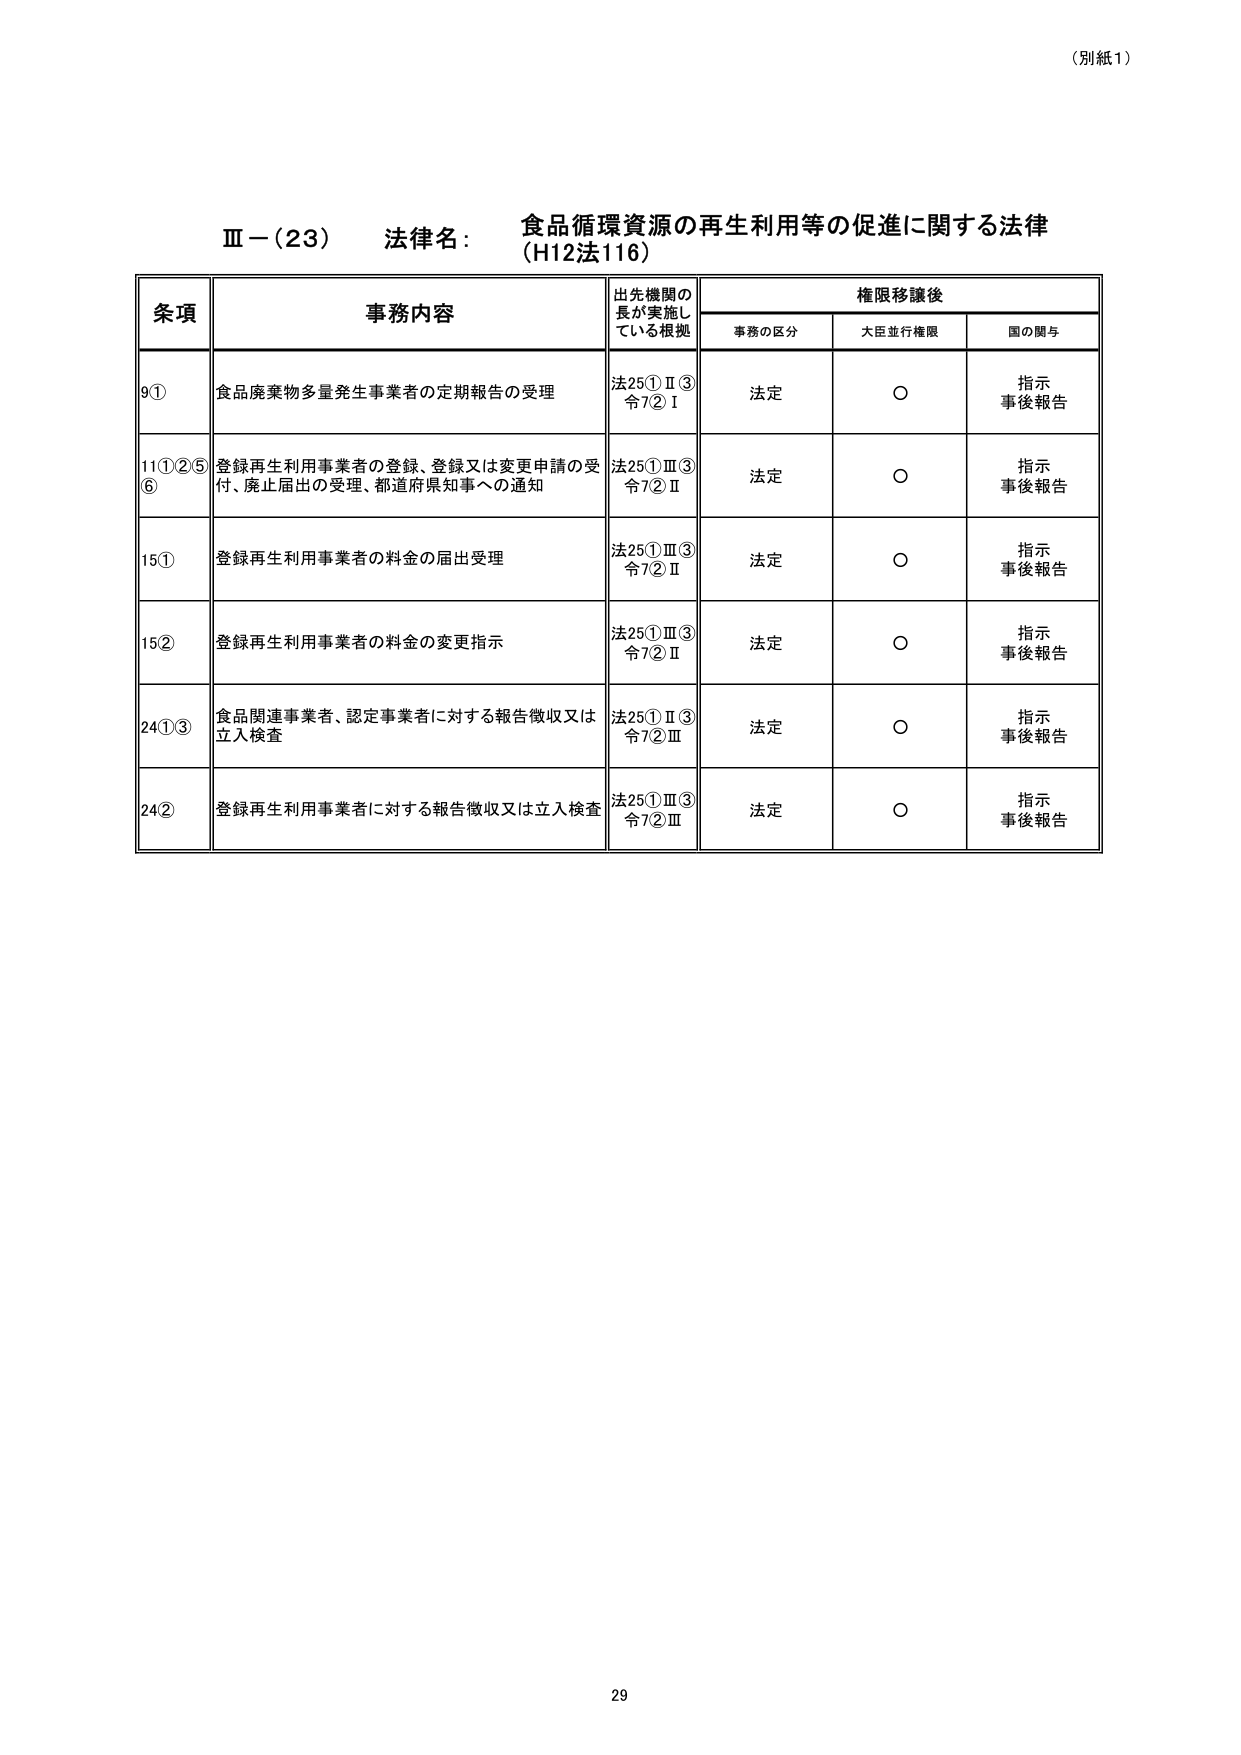
（別紙1）

Ⅲ－（23） 法律名： 食品循環資源の再生利用等の促進に関する法律
（H12法116）

条項 事務内容 出先機関の長が実施している根拠 権限移譲後